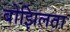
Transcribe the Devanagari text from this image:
बोझिलता